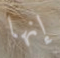
إنها